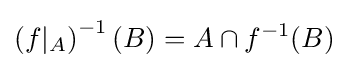
\left(f\vert _{A}\right)^{-1}(B)=A\cap f^{-1}(B)